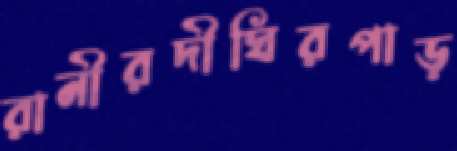
রানীরদীঘিরপাড়